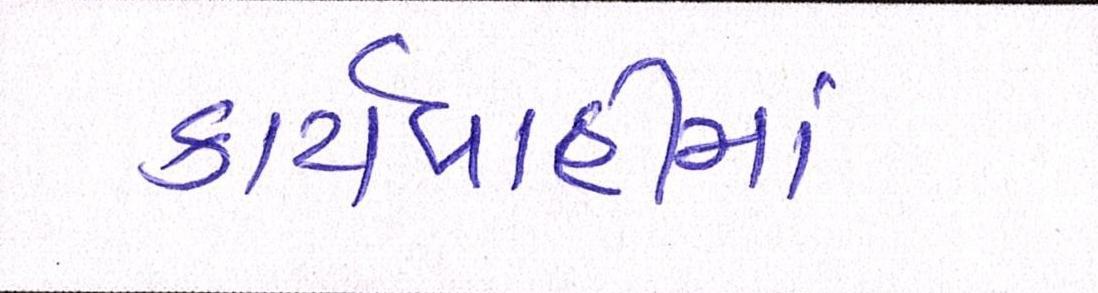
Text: કાર્યવાહીમાં